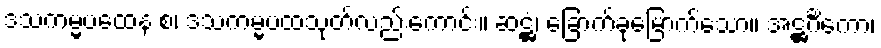
ဒသကမ္မပထေန စ၊ ဒသကမ္မပထသုတ်လည်းကောင်း။ ဆဋ္ဌံ၊ ခြောက်ခုမြောက်သော။ အဋ္ဌင်္ဂိကော၊